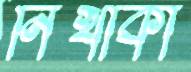
নিখাকী